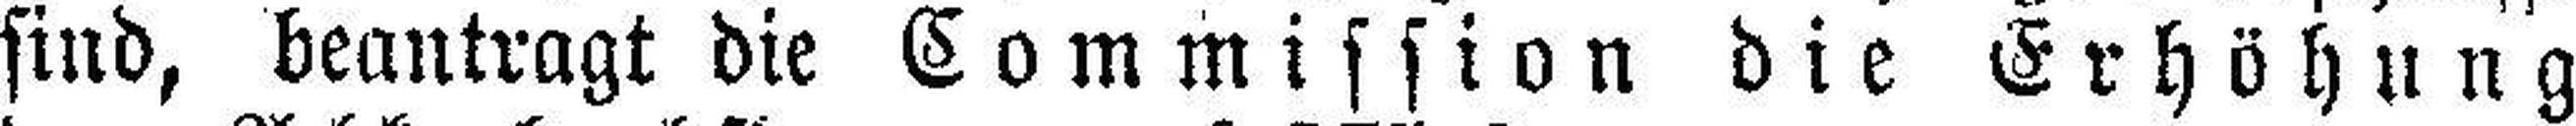
sind, beantragt die Commission die Erhöhung